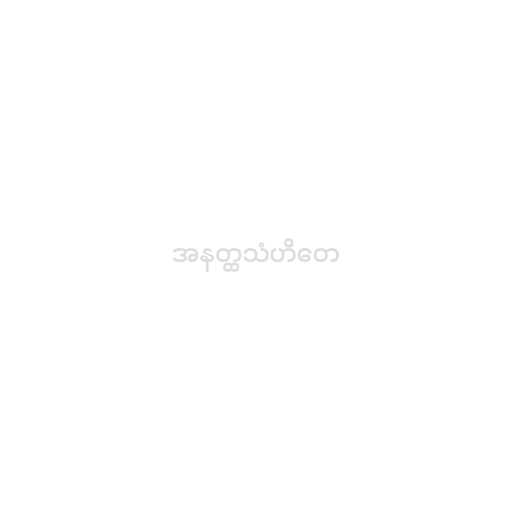
အနတ္ထသံဟိတေ